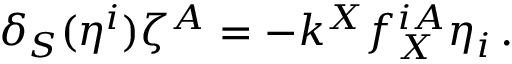
\delta _ { S } ( \eta ^ { i } ) \zeta ^ { A } = - k ^ { X } f _ { X } ^ { i A } \eta _ { i } \, .